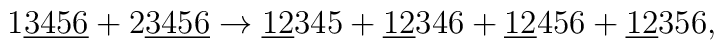
1\underline{3456}+2\underline{3456}\rightarrow \underline{12}345 +\underline{12}346 +\underline{12}456 +\underline{12}356,